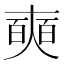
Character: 奭